Indian Medical Review
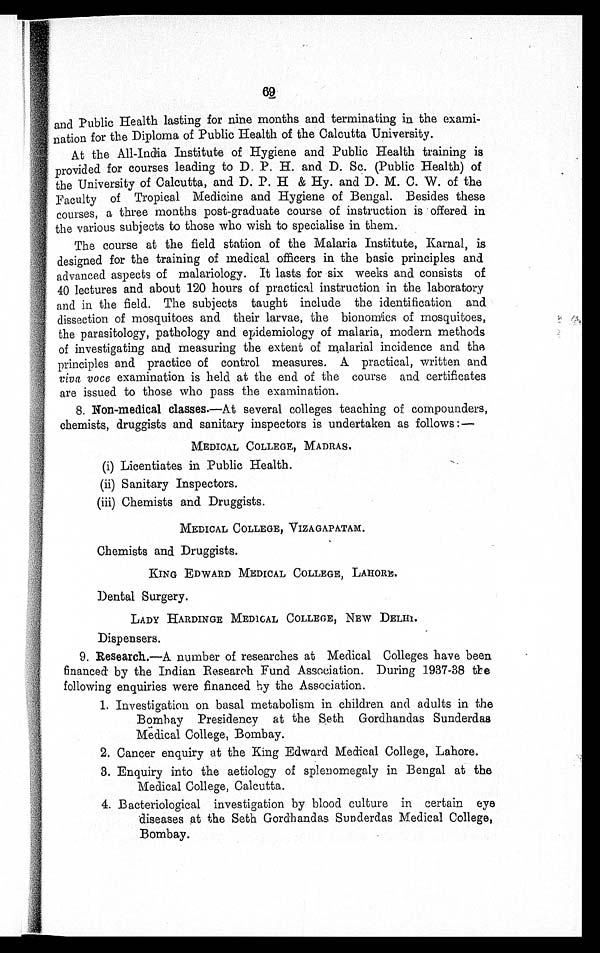
69
and Public Health lasting for nine months and terminating in the exami-
nation for the Diploma of Public Health of the Calcutta University.
At the All-India Institute of Hygiene and Public Health training is
provided for courses leading to D. P. H. and D. Sc. (Public Health) of
the University of Calcutta, and D. P. H & Hy. and D. M. C. W. of the
Faculty of Tropical Medicine and Hygiene of Bengal. Besides these
courses, a three months post-graduate course of instruction is offered in
the various subjects to those who wish to specialise in them.
The course at the field station of the Malaria Institute, Karnal, is
designed for the training of medical officers in the basic principles and
advanced aspects of malariology. It lasts for six weeks and consists of
40 lectures and about 120 hours of practical instruction in the laboratory
and in the field. The subjects taught include the identification and
dissection of mosquitoes and their larvae, the bionomics of mosquitoes,
the parasitology, pathology and epidemiology of malaria, modern methods
of investigating and measuring the extent of malarial incidence and the
principles and practice of control measures. A practical, written and
viva voce examination is held at the end of the course and certificates
are issued to those who pass the examination.
8. Non-medical classes.—At several colleges teaching of compounders,
chemists, druggists and sanitary inspectors is undertaken as follows:—
MEDICAL COLLEGE, MADRAS.
(i) Licentiates in Public Health.
(ii) Sanitary Inspectors.
(iii) Chemists and Druggists.
MEDICAL COLLEGE, VIZAGAPATAM.
Chemists and Druggists.
KING EDWARD MEDICAL COLLEGE, LAHORE.
Dental Surgery.
LADY HARDINGE MEDICAL COLLEGE, NEW DELHI.
Dispensers.
9. Research.—A number of researches at Medical Colleges have been
financed by the Indian Research Fund Association. During 1937-38 the
following enquiries were financed by the Association.
1. Investigation on basal metabolism in children and adults in the
Bombay Presidency at the Seth Gordhandas Sunderdas
Medical College, Bombay.
2. Cancer enquiry at the King Edward Medical College, Lahore.
3. Enquiry into the aetiology of splenomegaly in Bengal at the
Medical College, Calcutta.
4. Bacteriological investigation by blood culture in certain eye
d i s e a s e s a t t h e S e t h G o r d h a n d a s S u n d e r d a s M e d i c a l C o l l e g e ,
Bombay.